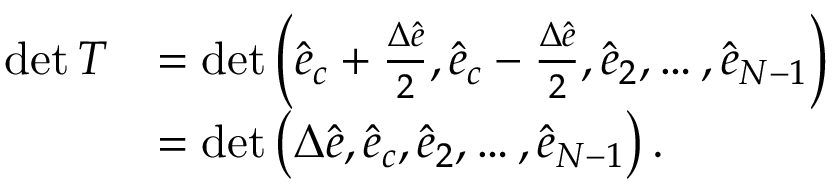
\begin{array} { r l } { \operatorname* { d e t } T } & { = \operatorname* { d e t } \Big ( \hat { e } _ { c } + \frac { \Delta \hat { e } } { 2 } , \hat { e } _ { c } - \frac { \Delta \hat { e } } { 2 } , \hat { e } _ { 2 } , \dots , \hat { e } _ { N - 1 } \Big ) } \\ & { = \operatorname* { d e t } \big ( { \Delta \hat { e } } , \hat { e } _ { c } , \hat { e } _ { 2 } , \dots , \hat { e } _ { N - 1 } \big ) \, . } \end{array}